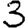
Digit: 3